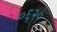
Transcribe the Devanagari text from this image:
०६२०